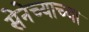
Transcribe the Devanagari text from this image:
सेनेच्याच्या